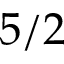
5 / 2